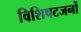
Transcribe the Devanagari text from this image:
विशिषटजनों